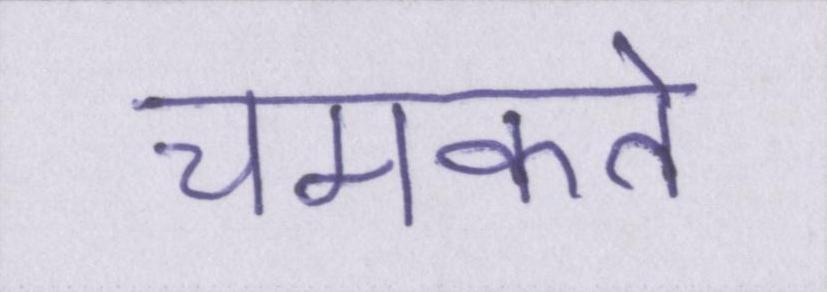
चमकते